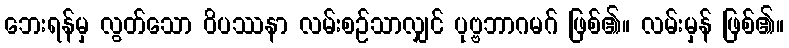
ဘေးရန်မှ လွတ်သော ဝိပဿနာ လမ်းစဉ်သာလျှင် ပုဗ္ဗဘာဂမဂ် ဖြစ်၏။ လမ်းမှန် ဖြစ်၏။